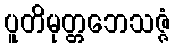
ပူတိမုတ္တဘေသဇ္ဇံ